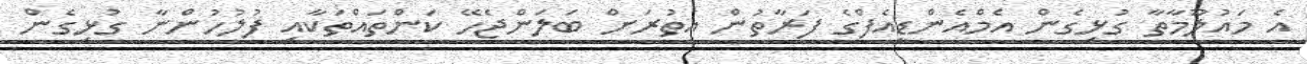
އެ މައުލޫމާތާ ގުޅިގެން އެމްއެންޑީއެފްގެ ފަރާތުން އިތުރަށް ބަލަންޖެހޭ ކަންތައްތަކާއި ފުލުހުންނާ ގުޅިގެން